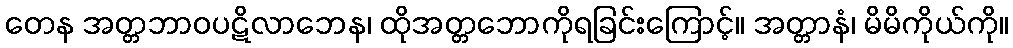
တေန အတ္တဘာဝပဋိလာဘေန၊ ထိုအတ္တဘောကိုရခြင်းကြောင့်။ အတ္တာနံ၊ မိမိကိုယ်ကို။